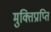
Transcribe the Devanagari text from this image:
मुक्तिप्राप्ति